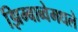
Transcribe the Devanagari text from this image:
झिम्बाब्वेमधले